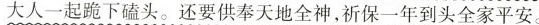
跟着大人一起跪下磕头。还要供奉天地全神，祈保一年到头全家平安。